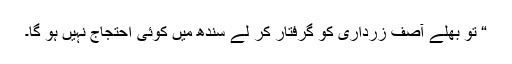
“ تو بھلے آصف زرداری کو گرفتار کر لے سندھ میں کوئی احتجاج نہیں ہو گا۔